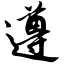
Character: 遵